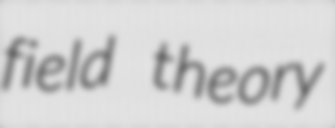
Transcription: field theory